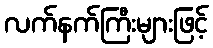
လက်နက်ကြီးများဖြင့်